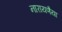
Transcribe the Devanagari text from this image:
नारायणैया